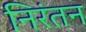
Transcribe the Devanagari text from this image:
निरंतन